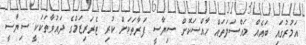
އަމުރުގައި ބައެއް މައްސަލަތައް ހާއްސަކޮށް ސިޔާސީ ފަރާތަކަށް ކުރި ޓެރަރިޒަމްގެ ދައުވާތަކަކީ ސިޔާސީ